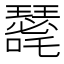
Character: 𭌐